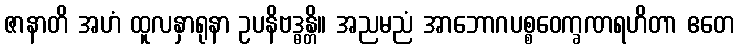
ဇာနာတိ အဟံ ထူလနှာရုနာ ဥပနိဗဒ္ဓန္တိ။ အညမညံ အာဘောဂပစ္စဝေက္ခဏရဟိတာ ဧတေ